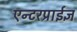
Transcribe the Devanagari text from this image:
एन्टरप्राईज्ञ